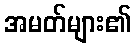
အမတ်များ၏